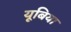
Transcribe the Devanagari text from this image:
यूबिया